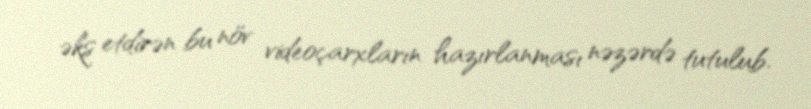
əks etdirən bu növ videoçarxların hazırlanması nəzərdə tutulub.